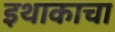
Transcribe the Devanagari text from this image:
इथाकाचा